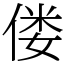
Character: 偻